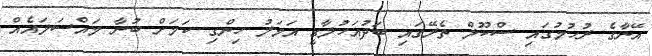
އޭނާގެ ރުހުމުގައި ސްކޫލް ތެރޭގައި ބަދުއަހުލާގީ އަމަލު ހިންގި ކަމަށް ބުނާ މައްސަލައެއް